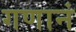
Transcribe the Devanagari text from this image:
गणानं